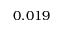
0 . 0 1 9